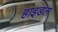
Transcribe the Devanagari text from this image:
हाइडल